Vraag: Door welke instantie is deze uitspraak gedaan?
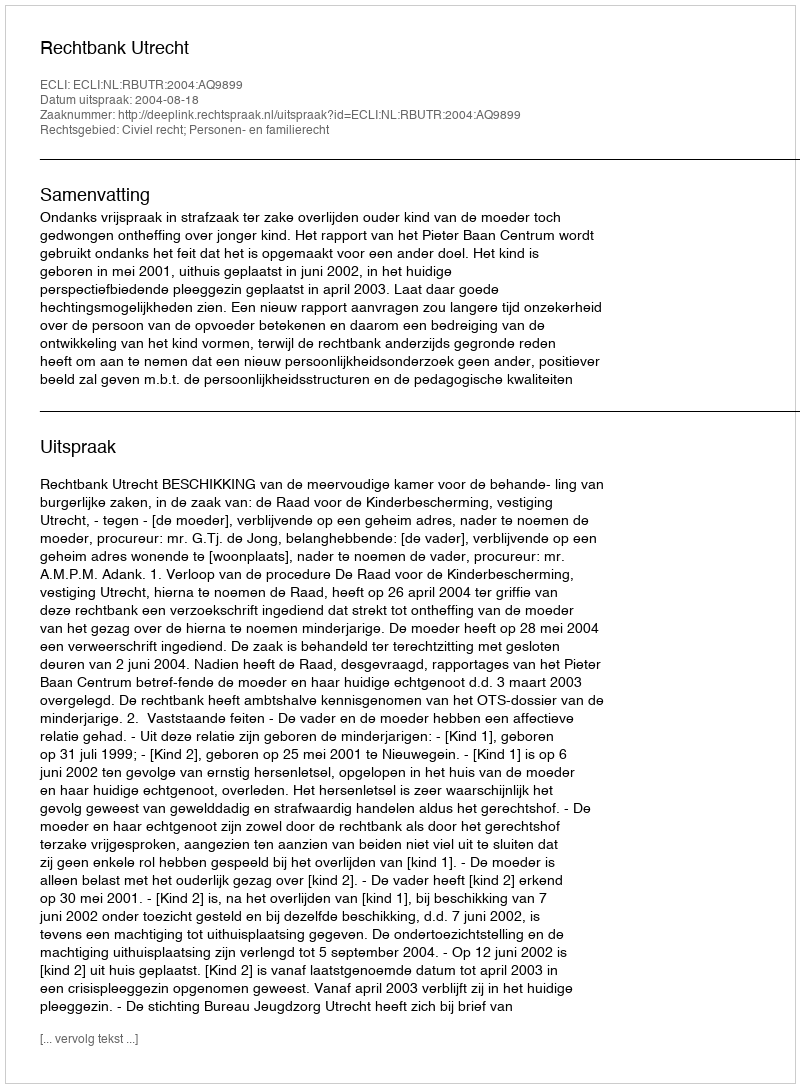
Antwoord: Rechtbank Utrecht